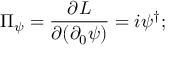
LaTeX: \Pi _ { \psi } = \frac { \partial { \cal { L } } } { \partial ( \partial _ { 0 } \psi ) } = i \psi ^ { \dagger } ;